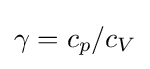
\gamma =c_{p}/c_{V}